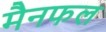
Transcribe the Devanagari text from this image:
मैनफल